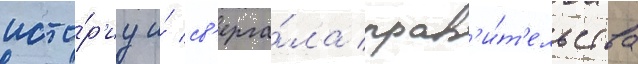
исто́р'иу и́ св'ерга́ла прав'и́т'ельства